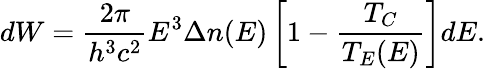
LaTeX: dW=\frac{2\pi}{h^{3}c^{2}}E^{3}\Delta n(E)\left[1-\frac{T_{C}}{T_{E}(E)}\right]dE.